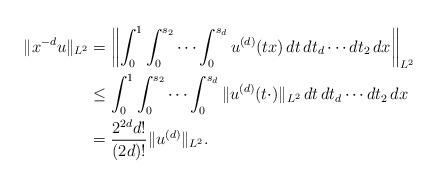
LaTeX: \begin{align*} \|x^{-d}u\|_{L^2} &= \biggl\|\int_0^1\int_0^{s_2}\cdots\int_0^{s_d} u^{(d)}(t x)\,dt\,dt_d\cdots dt_2\,dx\biggr\|_{L^2} \\ &\leq \int_0^1\int_0^{s_2}\cdots\int_0^{s_d} \|u^{(d)}(t\cdot)\|_{L^2}\,dt\,dt_d\cdots dt_2\,dx \\ &= \frac{2^{2 d}d!}{(2 d)!} \|u^{(d)}\|_{L^2}. \end{align*}